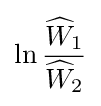
\ln {\frac {{\widehat {W}}_{1}}{{\widehat {W}}_{2}}}